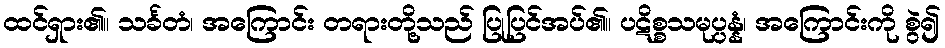
ထင်ရှား၏။ သင်္ခတံ၊ အကြောင်း တရားတို့သည် ပြုပြင်အပ်၏။ ပဋိစ္စသမုပ္ပန္နံ၊ အကြောင်းကို စွဲ၍